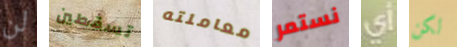
لن تسقطين معاملته نستمر أي لكن